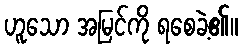
ဟူသော အမြင်ကို ရစေခဲ့၏။